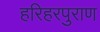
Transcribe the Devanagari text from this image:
हरिहरपुराण